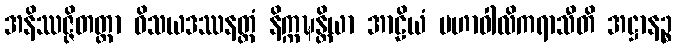
အနိဿဇ္ဇိတတ္တာ ဝိသယဒဿနတ္ထံ နိက္ကဍ္ဎန္တိယာ အာဠိယံ မဟာဝါလိကရာသီတိ အဋ္ဌာနဉ္စ